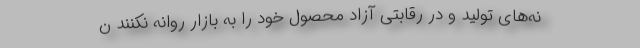
نه‌های تولید و در رقابتی آزاد محصول خود را به بازار روانه نکنند ن